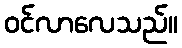
ဝင်လာလေသည်။